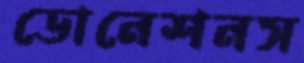
ডোনেশনস